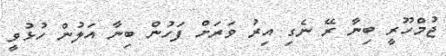
ޖުމްހޫރީ ބިނާ ރޭ ނެގި އިރު ވަރަށް ފަހުން ބިނާ އަލުން ހުޅުވީ